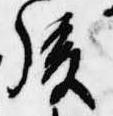
後